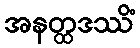
အနတ္ထဒဿိံ